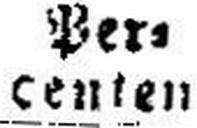
centen